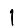
Digit: 1